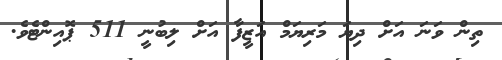
ތިން ވަނަ އަށް ދިޔަ މަރިޔަމް އަޒީފާ އަށް ލިބުނީ 511 ޕޮއިންޓެވެ.